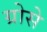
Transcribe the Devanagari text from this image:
ग्रोसे